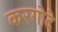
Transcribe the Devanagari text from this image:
करगोटे